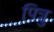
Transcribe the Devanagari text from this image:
पित्रु